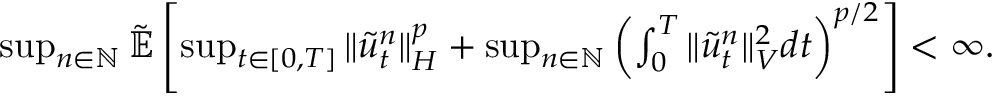
\begin{array} { r } { \operatorname* { s u p } _ { n \in \mathbb { N } } \tilde { \mathbb { E } } \left[ \operatorname* { s u p } _ { t \in [ 0 , T ] } \| \tilde { u } _ { t } ^ { n } \| _ { H } ^ { p } + \operatorname* { s u p } _ { n \in \mathbb { N } } \left( \int _ { 0 } ^ { T } \| \tilde { u } _ { t } ^ { n } \| _ { V } ^ { 2 } d t \right) ^ { p / 2 } \right] < \infty . } \end{array}